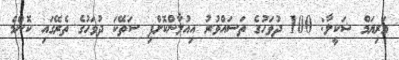
މަރިޔަމް ޝަކީލާ: 100 ދުވަހުގެ ތަސައްވުރު އިއުލާންކޮށްފި ސަތޭކަ ދުވަހުގެ ތެރޭގައި ކޮންމެ